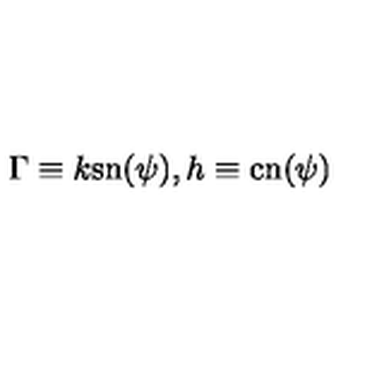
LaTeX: \Gamma \equiv k \mathrm { s n } ( \psi ) , h \equiv \mathrm { c n } ( \psi )